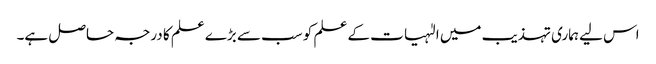
اس لیے ہماری تہذیب میں الٰہیات کے علم کو سب سے بڑے علم کا درجہ حاصل ہے۔